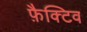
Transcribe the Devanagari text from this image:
फ़ैक्टिव